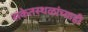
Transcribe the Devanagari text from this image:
संकेतस्थळांच्याही